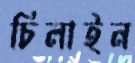
চিলাইন